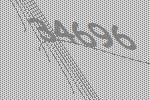
34696